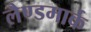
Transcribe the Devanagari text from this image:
लैण्‍डमार्क